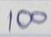
100